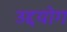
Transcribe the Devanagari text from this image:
उद्दयोग